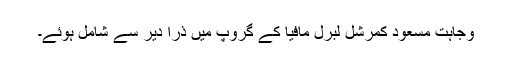
وجاہت مسعود کمرشل لبرل مافیا کے گروپ میں ذرا دیر سے شامل ہوئے۔